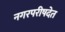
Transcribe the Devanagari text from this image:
नगरपरीषदेत